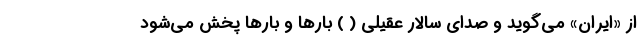
از «ایران» می‌گوید و صدای سالار عقیلی ( ) بارها و بارها پخش می‌شود